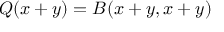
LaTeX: Q ( x + y ) = B ( x + y , x + y )